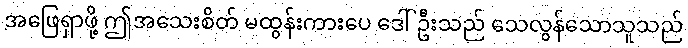
အဖြေရှာဖို့ ဤအသေးစိတ် မထွန်းကားပေ ဒေါ်ဦးသည် သေလွန်သောသူသည်